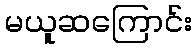
မယူဆကြောင်း